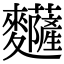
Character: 𪎅